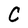
Character: C